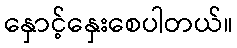
နှောင့်နှေးစေပါတယ်။